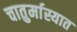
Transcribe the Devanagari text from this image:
चातुर्मास्यात